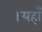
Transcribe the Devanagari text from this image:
।यहाँ